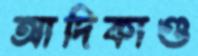
আদিকাণ্ড